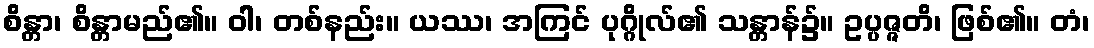
စိန္တာ၊ စိန္တာမည်၏။ ဝါ၊ တစ်နည်း။ ယဿ၊ အကြင် ပုဂ္ဂိုလ်၏ သန္တာန်၌။ ဥပ္ပဇ္ဇတိ၊ ဖြစ်၏။ တံ၊